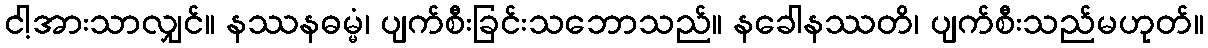
ငါ့အားသာလျှင်။ နဿနဓမ္မံ၊ ပျက်စီးခြင်းသဘောသည်။ နခေါနဿတိ၊ ပျက်စီးသည်မဟုတ်။